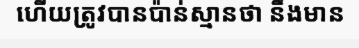
ហើយត្រូវបានប៉ាន់ស្មានថា នឹងមាន